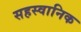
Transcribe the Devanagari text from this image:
सहस्वानिक